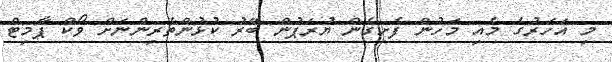
މި އަހަރުގެ މެއި މަހުން ފެށިގެން ޔުރަޕުން ބޭރު ކުޅުންތެރިންނަށް ވޯކް ޕާމިޓް